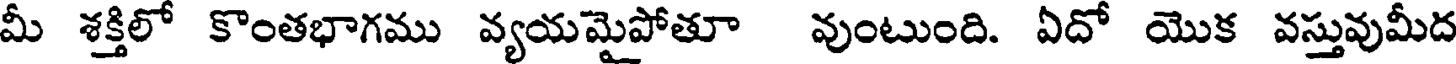
మీ శక్తిలో కొంతభాగము వ్యయమైపోతూ వుంటుంది. ఏదో యొక వస్తువుమీద